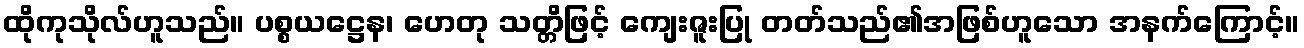
ထိုကုသိုလ်ဟူသည်။ ပစ္စယဋ္ဌေန၊ ဟေတု သတ္တိဖြင့် ကျေးဇူးပြု တတ်သည်၏အဖြစ်ဟူသော အနက်ကြောင့်။